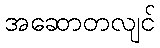
အဆောတလျင်